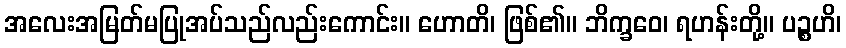
အလေးအမြတ်မပြုအပ်သည်လည်းကောင်း။ ဟောတိ၊ ဖြစ်၏။ ဘိက္ခဝေ၊ ရဟန်းတို့။ ပဉ္စဟိ၊